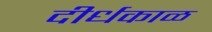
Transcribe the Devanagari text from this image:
दीर्धकाळ